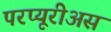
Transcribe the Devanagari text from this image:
परप्यूरीअस